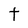
Character: t